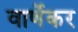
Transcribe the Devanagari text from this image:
वार्णेकर